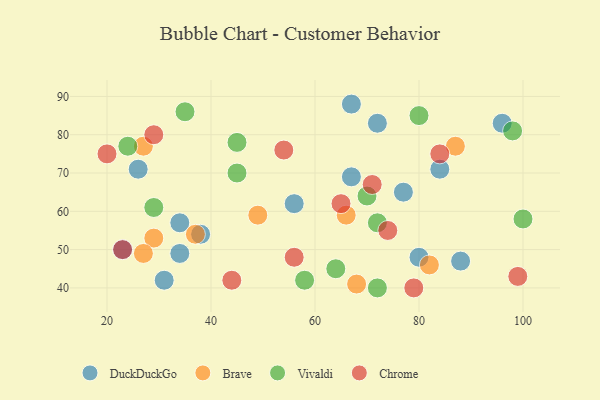
{"axis": {"x": "GDP", "y": "Life Expectancy"}, "legend": ["Brave", "Chrome", "DuckDuckGo", "Vivaldi"], "data": [{"x": "34", "y": 57, "type": "DuckDuckGo"}, {"x": "26", "y": 71, "type": "DuckDuckGo"}, {"x": "34", "y": 49, "type": "DuckDuckGo"}, {"x": "96", "y": 83, "type": "DuckDuckGo"}, {"x": "80", "y": 48, "type": "DuckDuckGo"}, {"x": "88", "y": 47, "type": "DuckDuckGo"}, {"x": "67", "y": 69, "type": "DuckDuckGo"}, {"x": "67", "y": 88, "type": "DuckDuckGo"}, {"x": "72", "y": 83, "type": "DuckDuckGo"}, {"x": "77", "y": 65, "type": "DuckDuckGo"}, {"x": "84", "y": 71, "type": "DuckDuckGo"}, {"x": "23", "y": 50, "type": "DuckDuckGo"}, {"x": "38", "y": 54, "type": "DuckDuckGo"}, {"x": "31", "y": 42, "type": "DuckDuckGo"}, {"x": "56", "y": 62, "type": "DuckDuckGo"}, {"x": "37", "y": 54, "type": "Brave"}, {"x": "27", "y": 77, "type": "Brave"}, {"x": "68", "y": 41, "type": "Brave"}, {"x": "29", "y": 53, "type": "Brave"}, {"x": "27", "y": 49, "type": "Brave"}, {"x": "49", "y": 59, "type": "Brave"}, {"x": "66", "y": 59, "type": "Brave"}, {"x": "87", "y": 77, "type": "Brave"}, {"x": "82", "y": 46, "type": "Brave"}, {"x": "45", "y": 70, "type": "Vivaldi"}, {"x": "64", "y": 45, "type": "Vivaldi"}, {"x": "72", "y": 57, "type": "Vivaldi"}, {"x": "70", "y": 64, "type": "Vivaldi"}, {"x": "98", "y": 81, "type": "Vivaldi"}, {"x": "100", "y": 58, "type": "Vivaldi"}, {"x": "72", "y": 40, "type": "Vivaldi"}, {"x": "24", "y": 77, "type": "Vivaldi"}, {"x": "29", "y": 61, "type": "Vivaldi"}, {"x": "58", "y": 42, "type": "Vivaldi"}, {"x": "80", "y": 85, "type": "Vivaldi"}, {"x": "35", "y": 86, "type": "Vivaldi"}, {"x": "45", "y": 78, "type": "Vivaldi"}, {"x": "44", "y": 42, "type": "Chrome"}, {"x": "79", "y": 40, "type": "Chrome"}, {"x": "65", "y": 62, "type": "Chrome"}, {"x": "99", "y": 43, "type": "Chrome"}, {"x": "71", "y": 67, "type": "Chrome"}, {"x": "23", "y": 50, "type": "Chrome"}, {"x": "84", "y": 75, "type": "Chrome"}, {"x": "74", "y": 55, "type": "Chrome"}, {"x": "20", "y": 75, "type": "Chrome"}, {"x": "29", "y": 80, "type": "Chrome"}, {"x": "56", "y": 48, "type": "Chrome"}, {"x": "54", "y": 76, "type": "Chrome"}]}